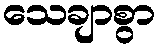
သေချာစွာ